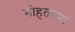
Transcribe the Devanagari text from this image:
मोहतरमा